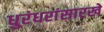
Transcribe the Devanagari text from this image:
धुरंधरांसारखे